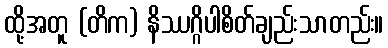
ထို့အတူ (တိက) နိဿဂ္ဂိပါစိတ်ချည်းသာတည်း။